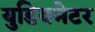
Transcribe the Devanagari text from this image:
युडियमेटर